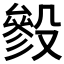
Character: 𣪶